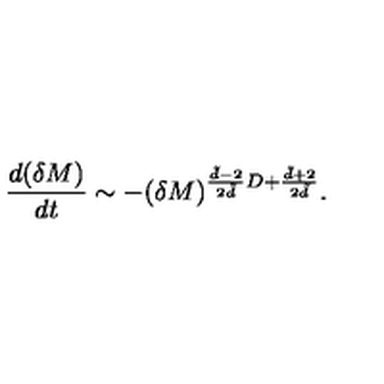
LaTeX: \frac { d ( \delta M ) } { d t } \sim - ( \delta M ) ^ { \frac { \tilde { d } - 2 } { 2 \tilde { d } } D + \frac { \tilde { d } + 2 } { 2 \tilde { d } } } .